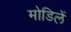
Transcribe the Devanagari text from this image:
मोडिलें